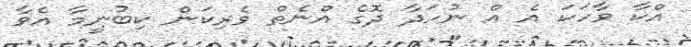
އްކާ ވާހަކަ އެ އް ނުހަދާ ދޮގެ އްނެތް ވެރިކަން ކިބުނީމާ އެވާ